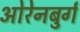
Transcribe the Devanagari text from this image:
ओरेनबुर्ग